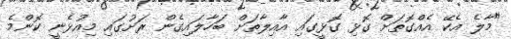
"މާލެ އެކޭ އެއްގޮތަށް ގޮޅި ގޮޅީގައި އާއިލާތަށް ބަހާލައިގެން ރަށުގައި މިއުޅެނީ ކޮންމެ